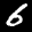
Label: 6